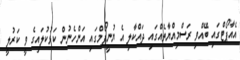
އެއާޕޯޓްގައި ބޭއްވި ރަސްމިއްޔާތެއްގައި ދައްކާލި އެ ޔުނީފޯމްގައި އަންހެނުން ކަޅުކުލައިގެ ވީ ކަރުލީ